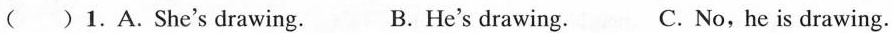
( )1.A.She's drawing. B.He's drawing. C.No,he is drawing.